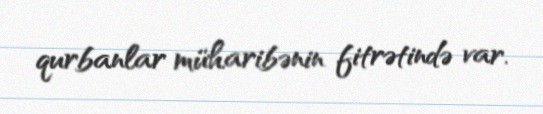
qurbanlar müharibənin fitrətində var.